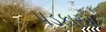
પડકારવા